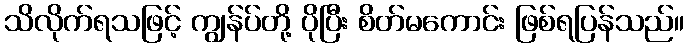
သိလိုက်ရသဖြင့် ကျွန်ပ်တို့ ပိုပြီး စိတ်မကောင်း ဖြစ်ရပြန်သည်။